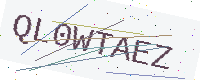
Text: QL0WTAEZ